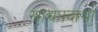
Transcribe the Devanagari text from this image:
खाद्यपदार्था